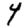
Digit: 4